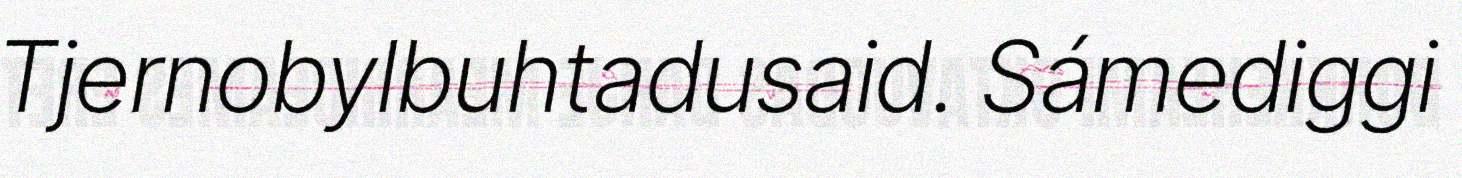
Tjernobylbuhtadusaid. Sámediggi